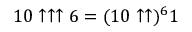
1 0 \uparrow \uparrow \uparrow 6 = ( 1 0 \uparrow \uparrow ) ^ { 6 } 1